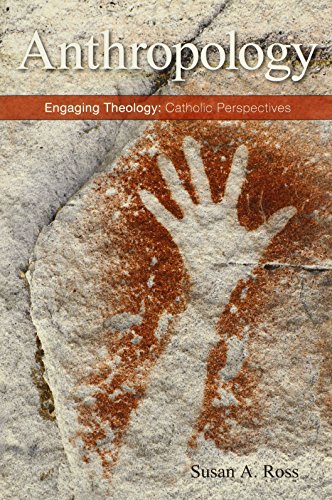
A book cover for Anthropology: Seeking Light and Beauty (Engaging Theology: Catholic Perspectives); Susan A. Ross; Christian Books & Bibles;